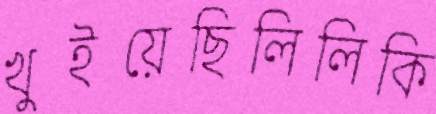
খুইয়েছিলিলিকি